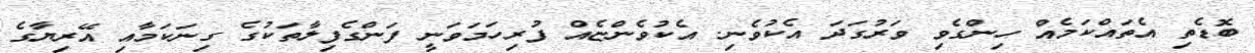
ބޮޑެތި އެތައްކަމެއް ހިންގެވި ވަރުގަދަ އެކުވެނި. އެކުވެންޏެއް ފުރިހަމަވަނީ ފަންގެފިލާތަކުގެ ގިނަކަމާއި އޭރިޔާގެ